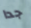
جدا